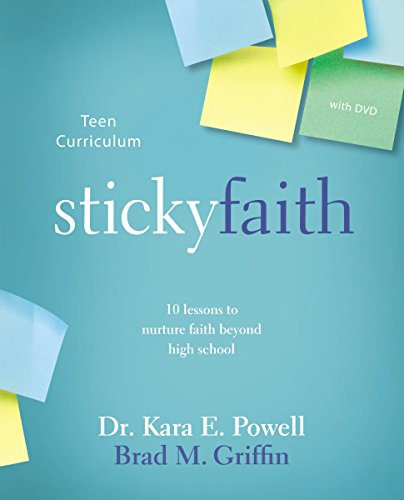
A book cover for Sticky Faith Teen Curriculum with DVD: 10 Lessons to Nurture Faith Beyond High School; Kara E. Powell; Christian Books & Bibles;